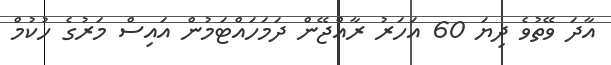
އާދަ ވޭތުވެ ދިޔަ 60 އަހަރު ރާއްޖޭން ދަމަހައްޓަމުން އައިސް މަރުގެ ހުކުމް